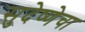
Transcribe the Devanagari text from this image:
सुदेष्णेचा